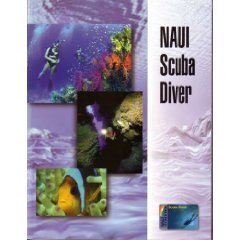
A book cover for Naui Scuba Diver; Anonymous; Sports & Outdoors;